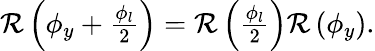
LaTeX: \begin{array}{r}{{\mathcal R}\left(\phi_{y}+\frac{\phi_{l}}{2}\right)={\mathcal R}\left(\frac{\phi_{l}}{2}\right){\mathcal R}\left(\phi_{y}\right).}\end{array}